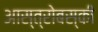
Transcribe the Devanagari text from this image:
आस्त्रोबस्की